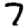
Digit: 7